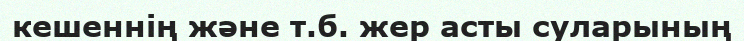
кешеннің және т.б. жер асты суларының